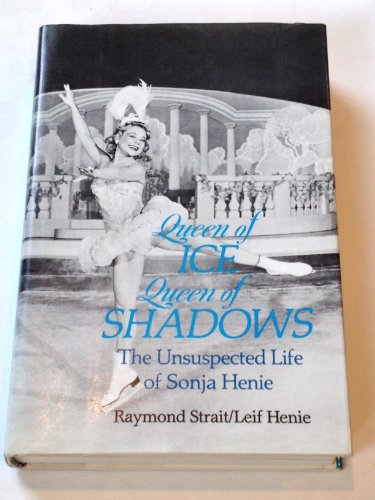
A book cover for Queen of Ice Queen of Shadows : The Unsuspected Life of Sonia Henie; Raymond & Henie, Leif Strait; Sports & Outdoors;